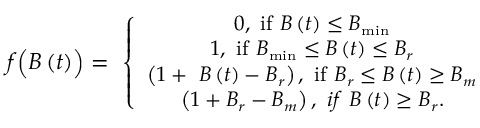
\small f \Bigl ( B \left( t \right) \Bigr ) = \ \left\{ \begin{array} { c } { 0 , \ \mathrm { i f } \ B \left( t \right) \le B _ { \mathrm { m i n } } } \\ { 1 , \ \mathrm { i f } \ B _ { \mathrm { m i n } } \le B \left( t \right) \le B _ { r } } \\ { \left( 1 + \ B \left( t \right) - B _ { r } \right) , \ \mathrm { i f } \ B _ { r } \le B \left( t \right) \ge B _ { m } } \\ { \left( 1 + B _ { r } - B _ { m } \right) , \ i f \ B \left( t \right) \ge B _ { r } . } \end{array} \right.